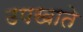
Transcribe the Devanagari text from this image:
उपखाते